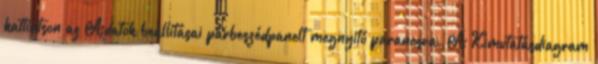
kattintson az Adatok beállításai párbeszédpanelt megnyitó parancsra. A Kimutatásdiagram